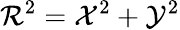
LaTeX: \mathcal{R}^{2}=\mathcal{X}^{2}+\mathcal{Y}^{2}